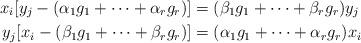
LaTeX: \begin{align*}x_i[y_j - (\alpha_1 g_1 + \cdots + \alpha_r g_r)] &= (\beta_1 g_1 + \cdots + \beta_r g_r) y_j \\y_j[x_i - (\beta_1 g_1 + \cdots + \beta_r g_r)] &= (\alpha_1 g_1 + \cdots + \alpha_r g_r) x_i\end{align*}